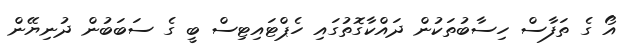
އޯ ގެ ތަފާސް ހިސާބުތަކުން ދައްކާގޮތުގައި ހެޕްޓައިޓިސް ބީ ގެ ސަބަބުން ދުނިޔޭން